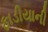
ફાડીયાની